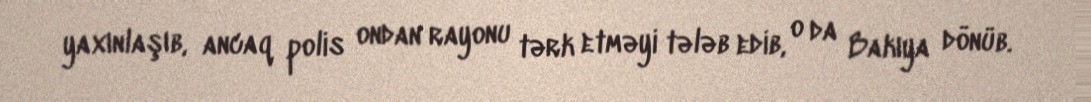
yaxınlaşıb, ancaq polis ondan rayonu tərk etməyi tələb edib, o da Bakıya dönüb.